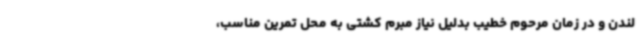
لندن و در زمان مرحوم خطیب بدلیل نیاز مبرم کشتی به محل تمرین مناسب،